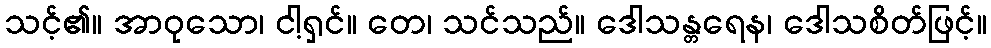
သင့်၏။ အာဝုသော၊ ငါ့ရှင်။ တေ၊ သင်သည်။ ဒေါသန္တရေန၊ ဒေါသစိတ်ဖြင့်။